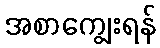
အစာကျွေးရန်